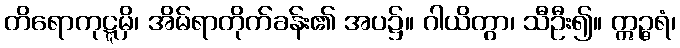
တိရောကုဋ္ဋမှိ၊ အိမ်ရာတိုက်ခန်း၏ အပ၌။ ဂါယိတွာ၊ သီဦး၍။ ဣဉ္ဇရံ၊